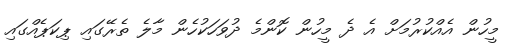
މީހުން އެއްކުރުމަށް އެ ދެ މީހުން ކޮންމެ ދުވަހަކުހެން މާލެ ތެރޭގައި ޕިކަޕެއްގައި